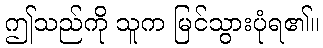
ဤသည်ကို သူက မြင်သွားပုံရ၏။